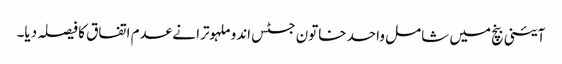
آئینی بنچ میں شامل واحد خاتون جسٹس اندو ملہوترا نے عدم اتفاق کا فیصلہ دیا۔